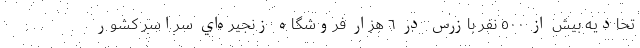
تحادیه بيش از ٥٠٠ نفر بازرس در ٦ هزار فروشگاه زنجيره‌اي سراسر كشور